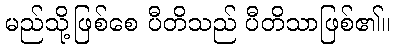
မည်သို့ဖြစ်စေ ပီတိသည် ပီတိသာဖြစ်၏။